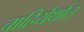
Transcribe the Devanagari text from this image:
चाहियेर्थात्